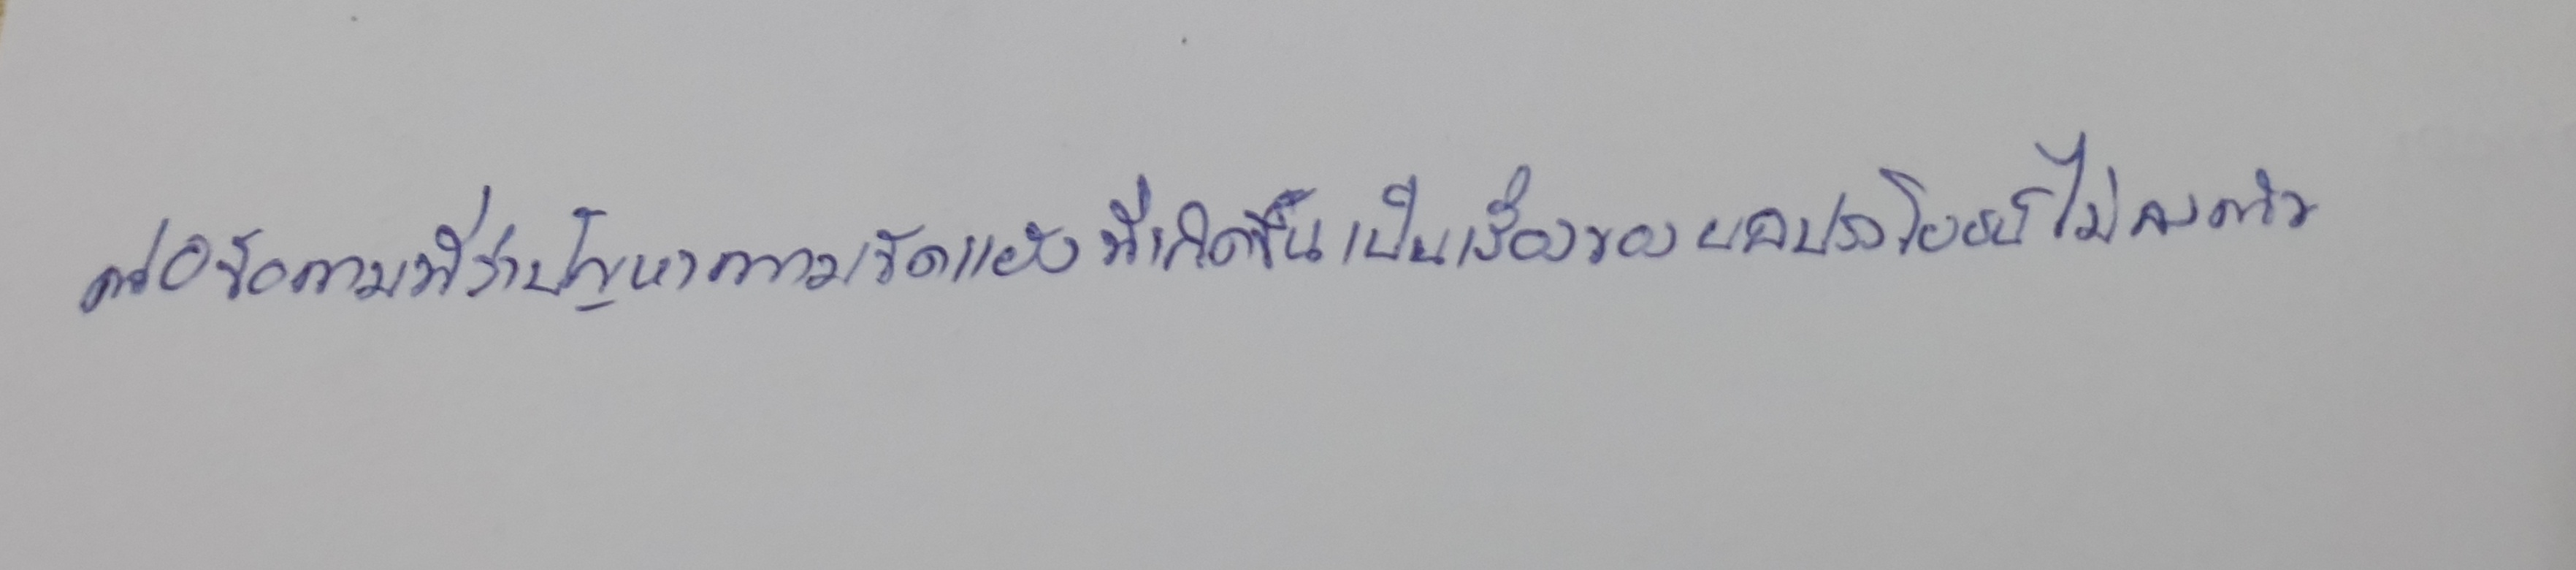
ต่อข้อถามที่ว่าปัญหาความขัดแย้งที่เกิดขึ้นเป็นเรื่องของผลประโยชน์ไม่ลงตัว